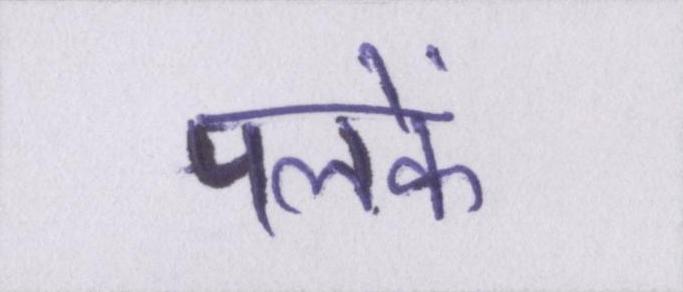
पलकें